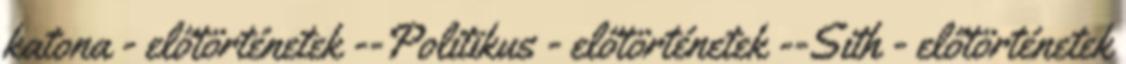
katona - előtörténetek --Politikus - előtörténetek --Sith - előtörténetek